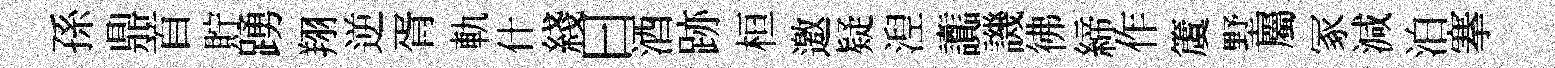
孫鼎首貯踴翔逆胥軌什綫曰酒跡桓邀疑湼讟譏彿締作𥵂墅屬冢減泊搴